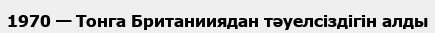
1970 — Тонга Британииядан тәуелсіздігін алды